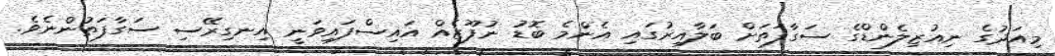
މިއަދުގެ ނިއުޒިލެންޑްގެ ސަގާފަތަށް ބަލާއިރުގައި އެންމެ ބޮޑު ނުފޫޒެއް އައިސްފައިވަނީ އިނގިރޭސި ސަގާފަތުންނެވެ.